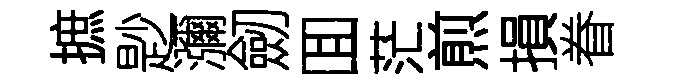
摭尟瀰劒囬茫煎損眷